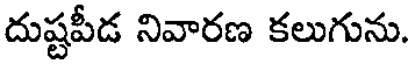
దుష్టపీడ నివారణ కలుగును.